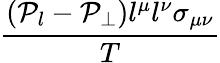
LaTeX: \frac{(\mathcal{P}_{l}-\mathcal{P}_{\perp})l^{\mu}l^{\nu}\sigma_{\mu\nu}}{T}